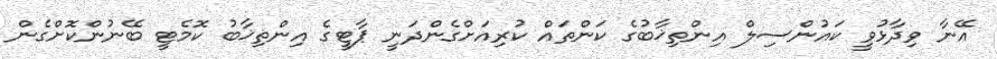
އޭނާ ވިދާޅުވީ ކައުންސިލް އިންތިޚާބުގެ ކަންތައް ކުރިއަށްގެންދަނީ ޕާޓީގެ އިންތިޚާބު ކޮމެޓީ ބޭނުންކޮށްގެން